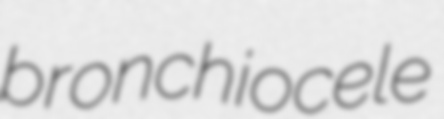
bronchiocele